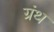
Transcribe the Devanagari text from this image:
ग्रंथ्‍ा